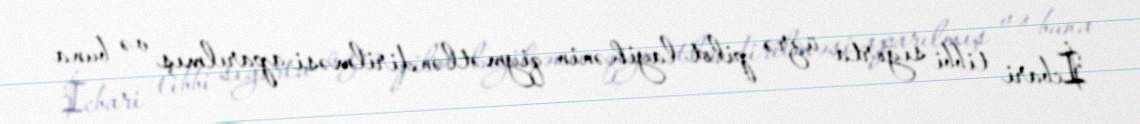
İcbari tibbi sığorta üzrə pilot layihənin qiymətləndirilməsi aparılmış və buna